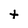
Character: t